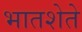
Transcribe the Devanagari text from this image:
भातशेते